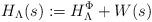
\begin{align*} H_\Lambda(s):= H_\Lambda^{\Phi} + W(s)\end{align*}